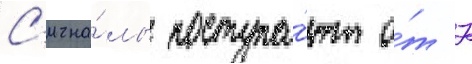
С'игна́лы поступа́ют о́т 7